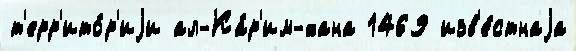
т'ерр'ито́р'иjи ал-Ка́р'им-хана 1469 изв'е́стнаjа